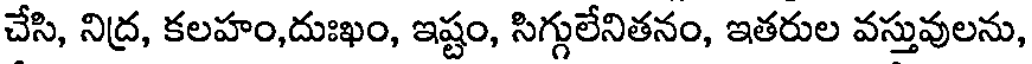
చేసి, నిద్ర, కలహం,దుఃఖం, ఇష్టం, సిగ్గులేనితనం, ఇతరుల వస్తువులను,